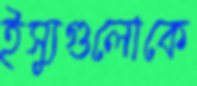
ইস্যুগুলোকে